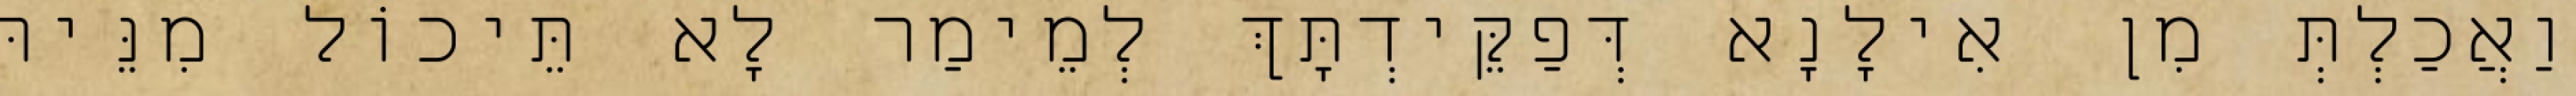
וַאֲכַלְתְּ מִן אִילָנָא דְּפַקֵּידְתָּךְ לְמֵימַר לָא תֵּיכוֹל מִנֵּיהּ